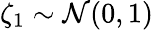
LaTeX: \zeta_{1}\sim\mathcal{N}(0,1)